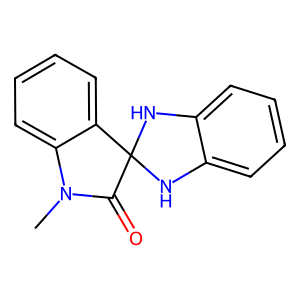
SMILES: CN1C(=O)C2(Nc3ccccc3N2)c2ccccc21
Inhibits HIV replication: No